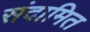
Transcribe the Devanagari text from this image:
संदामित